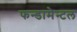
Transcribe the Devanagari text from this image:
फन्डामेन्टल